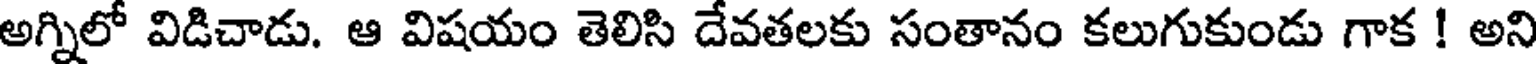
అగ్నిలో విడిచాడు. ఆ విషయం తెలిసి దేవతలకు సంతానం కలుగుకుండు గాక ! అని